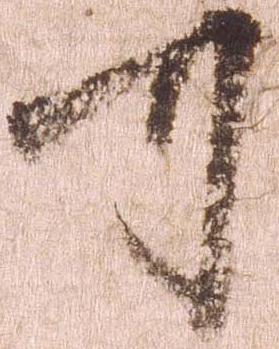
可